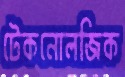
টেকনোলজিক